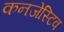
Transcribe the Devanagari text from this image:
कनजेस्टिव